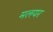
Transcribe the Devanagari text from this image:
मलयर